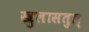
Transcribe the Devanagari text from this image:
खुलासतुल्